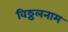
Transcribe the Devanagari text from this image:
विठ्ठलनाम